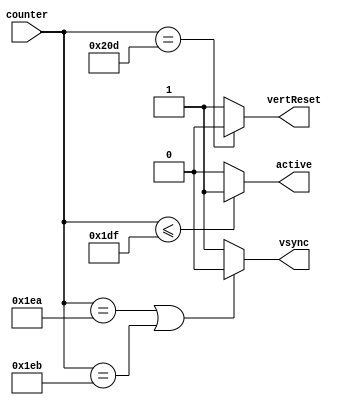
`timescale 1ns / 1ps
//////////////////////////////////////////////////////////////////////////////////
// Company: 
// Engineer: 
// 
// Design Name: 
// Module Name:    vertSignalGenerator 
// Project Name: 
// Target Devices: 
// Tool versions: 
// Description: 
//
// Dependencies: 
//
// Revision: 
// Revision 0.01 - File Created
// Additional Comments: 
//
//////////////////////////////////////////////////////////////////////////////////
module vertSignalGenerator(counter,
									vsync,
									vertReset,
									active
    );

	input [9:0] counter;
	output reg vsync = 1;
	output reg vertReset = 1;
	output reg active = 0; 
	
   always @(counter) begin 
        vertReset <= (counter == 525) ? 0 : 1;
        vsync <= (counter == 490 || counter == 491) ? 0:1;
        active <= (counter <= 479) ? 1:0;
    end
endmodule